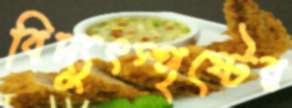
বিদ্যুৎস্পৃষ্টের